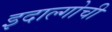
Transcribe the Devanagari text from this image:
इदाल्गोची